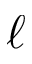
\ell